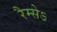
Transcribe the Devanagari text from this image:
रैम्सेऽ